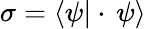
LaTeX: \sigma=\langle\psi|\cdot\, \psi\rangle